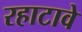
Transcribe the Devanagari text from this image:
रहाटावे